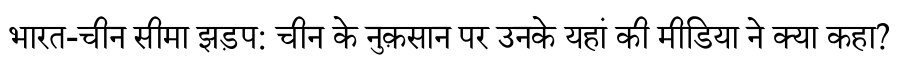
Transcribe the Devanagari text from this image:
भारत-चीन सीमा झड़प: चीन के नुक़सान पर उनके यहां की मीडिया ने क्या कहा?